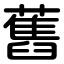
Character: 舊